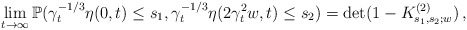
\begin{align*}\lim_{t\to \infty}\mathbb{P}(\gamma_t^{-1/3}\eta(0,t) \leq s_1,\gamma_t^{-1/3}\eta(2\gamma_t^2 w,t)\leq s_2) = \det (1 - K^{(2)}_{s_1,s_2;w})\,,\end{align*}